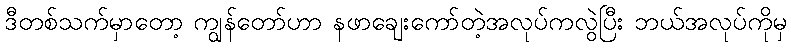
ဒီတစ်သက်မှာတော့ ကျွန်တော်ဟာ နဖာချေးကော်တဲ့အလုပ်ကလွဲပြီး ဘယ်အလုပ်ကိုမှ